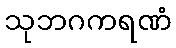
သုဘဂကရဏံ